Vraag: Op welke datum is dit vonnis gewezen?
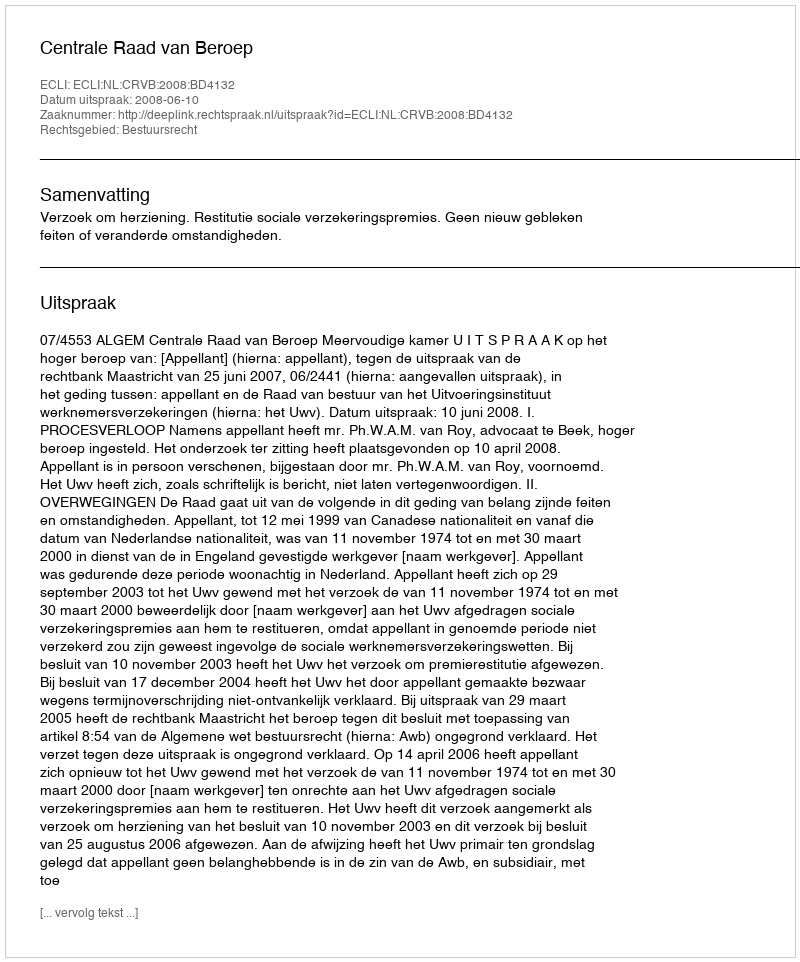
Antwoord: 2008-06-10